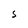
Character: S